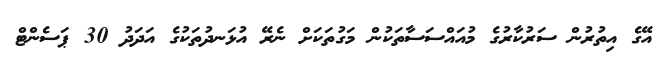
އޭގެ އިތުރުން ސަރުކާރުގެ މުއައްސަސާތަކުން މަގުތަކަށް ނެރޭ އުޅަނދުތަކުގެ އަދަދު 30 ޕަސެންޓް